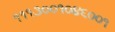
૧૧૧૩૦૦૧૦૪૬૦૦૧